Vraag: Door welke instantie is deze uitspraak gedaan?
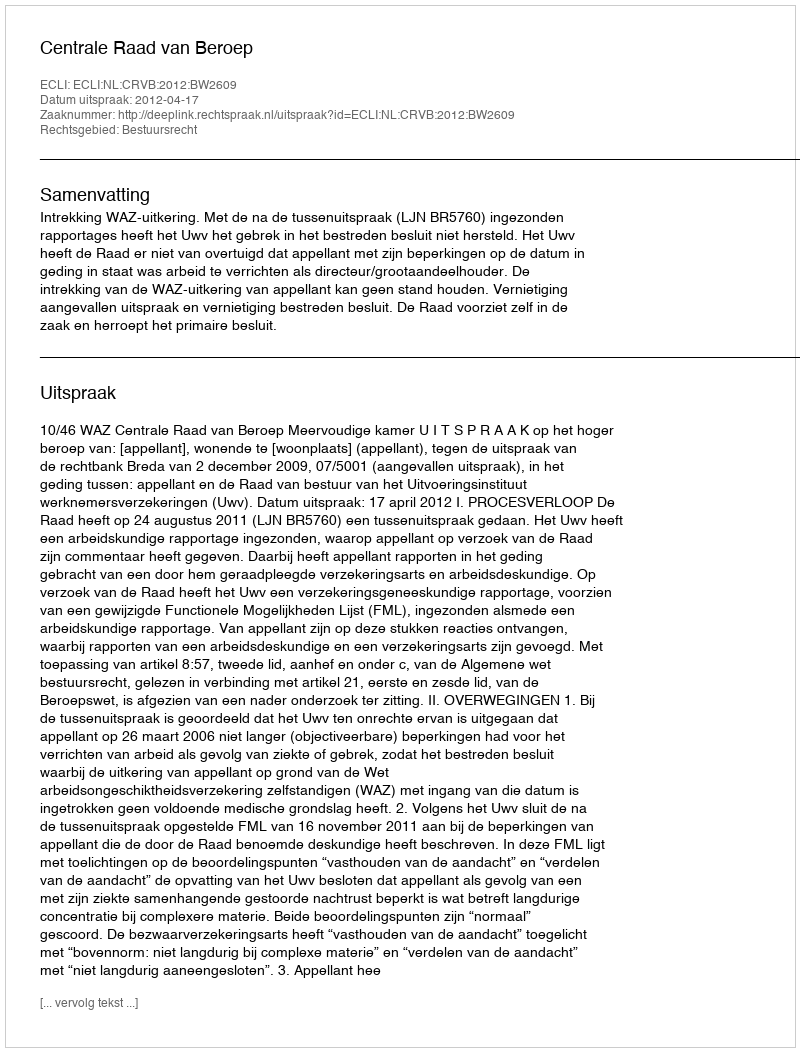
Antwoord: Centrale Raad van Beroep